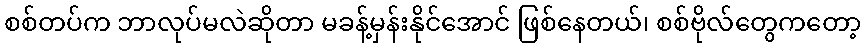
စစ်တပ်က ဘာလုပ်မလဲဆိုတာ မခန့်မှန်းနိုင်အောင် ဖြစ်နေတယ်၊ စစ်ဗိုလ်တွေကတော့